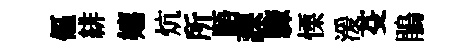
傴緋嬉炕所䮏課驟慄湲芟鵑